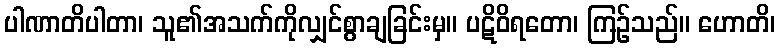
ပါဏာတိပါတာ၊ သူ၏အသက်ကိုလျှင်စွာချခြင်းမှ။ ပဋိဝိရတော၊ ကြဉ်သည်။ ဟောတိ၊